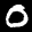
Label: 0